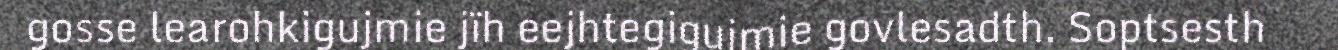
gosse learohkigujmie jïh eejhtegigujmie govlesadth. Soptsesth